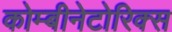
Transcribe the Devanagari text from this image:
कोम्बीनेटोरिक्स